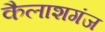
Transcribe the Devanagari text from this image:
कैलाशगंज